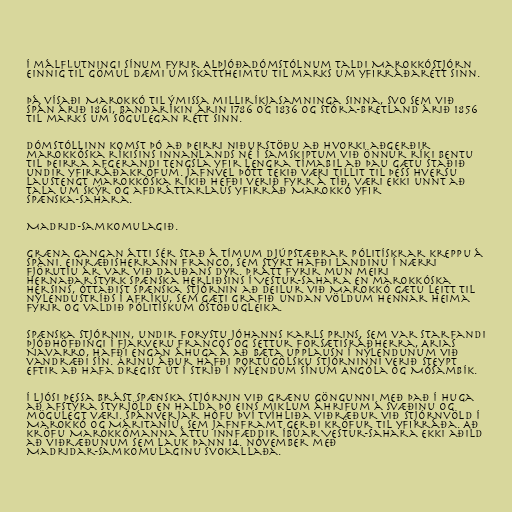
Í málflutningi sínum fyrir Alþjóðadómstólnum taldi Marokkóstjórn
einnig til gömul dæmi um skattheimtu til marks um yfirráðarétt sinn.

Þá vísaði Marokkó til ýmissa milliríkjasamninga sinna, svo sem við
Spán árið 1861, Bandaríkin árin 1786 og 1836 og Stóra-Bretland árið 1856
til marks um sögulegan rétt sinn.

Dómstóllinn komst þó að þeirri niðurstöðu að hvorki aðgerðir
marokkóska ríkisins innanlands né í samskiptum við önnur ríki bentu
til þeirra afgerandi tengsla yfir lengra tímabil að þau gætu staðið
undir yfirráðakröfum. Jafnvel þótt tekið væri tillit til þess hversu
laustengt marokkóska ríkið hefði verið fyrr á tíð, væri ekki unnt að
tala um skýr og afdráttarlaus yfirráð Marokkó yfir
Spænska-Sahara.

Madrid-samkomulagið.

Græna gangan átti sér stað á tímum djúpstæðrar pólitískrar kreppu á
Spáni. Einræðisherrann Franco, sem stýrt hafði landinu í nærri
fjörutíu ár var við dauðans dyr. Þrátt fyrir mun meiri
hernaðarstyrk spænska herliðsins í Vestur-Sahara en marokkóska
hersins, óttaðist spænska stjórnin að deilur við Marokkó gætu leitt til
nýlendustríðs í Afríku, sem gæti grafið undan völdum hennar heima
fyrir og valdið pólitískum óstöðugleika.

Spænska stjórnin, undir forystu Jóhanns Karls prins, sem var starfandi
þjóðhöfðingi í fjarveru Francos og settur forsætisráðherra, Arias
Navarro, hafði engan áhuga á að bæta upplausn í nýlendunum við
vandræði sín. Árinu áður hafði portúgölsku stjórninni verið steypt
eftir að hafa dregist út í stríð í nýlendum sínum Angóla og Mósambík.

Í ljósi þessa brást spænska stjórnin við Grænu göngunni með það í huga
að afstýra styrjöld en halda þó eins miklum áhrifum á svæðinu og
mögulegt væri. Spánverjar hófu því tvíhliða viðræður við stjórnvöld í
Marokkó og Máritaníu, sem jafnframt gerði kröfur til yfirráða. Að
kröfu Marokkómanna áttu innfæddir íbúar Vestur-Sahara ekki aðild
að viðræðunum sem lauk þann 14. nóvember með
Madridar-samkomulaginu svokallaða.